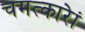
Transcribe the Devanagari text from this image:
चमत्कारेां